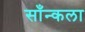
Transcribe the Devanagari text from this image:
साँन्कला